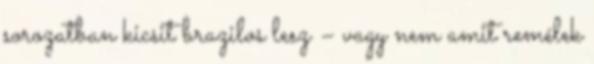
sorozatban kicsit brazilos lesz – vagy nem amit remélek